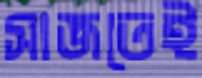
সাজতেই